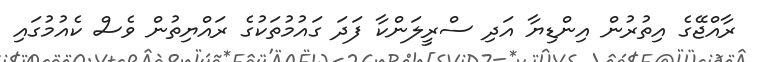
ރާއްޖޭގެ އިތުރުން އިންޑިޔާ އަދި ސްރީލަންކާ ފަދަ ގައުމުތަކުގެ ރައްޔިތުން ވެސް ކެއުމުގައި